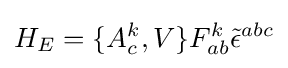
H_{E}=\{A_{c}^{k},V\}F_{ab}^{k}{\tilde {\epsilon }}^{abc}